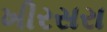
ખીરસરા